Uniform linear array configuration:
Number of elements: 48
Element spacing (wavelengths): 0.5
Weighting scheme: hann
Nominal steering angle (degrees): -45
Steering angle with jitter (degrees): -44.235
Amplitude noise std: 0.05
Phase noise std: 0.05

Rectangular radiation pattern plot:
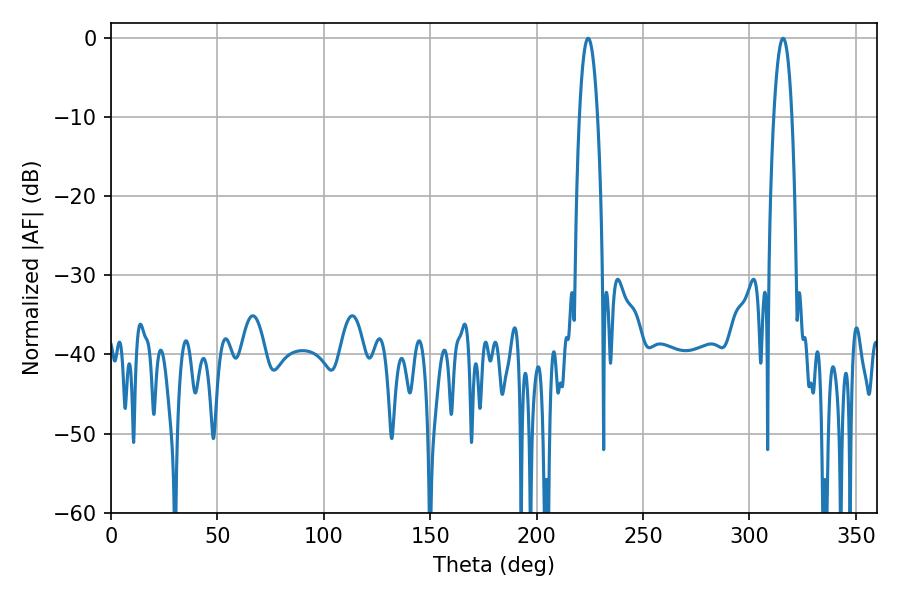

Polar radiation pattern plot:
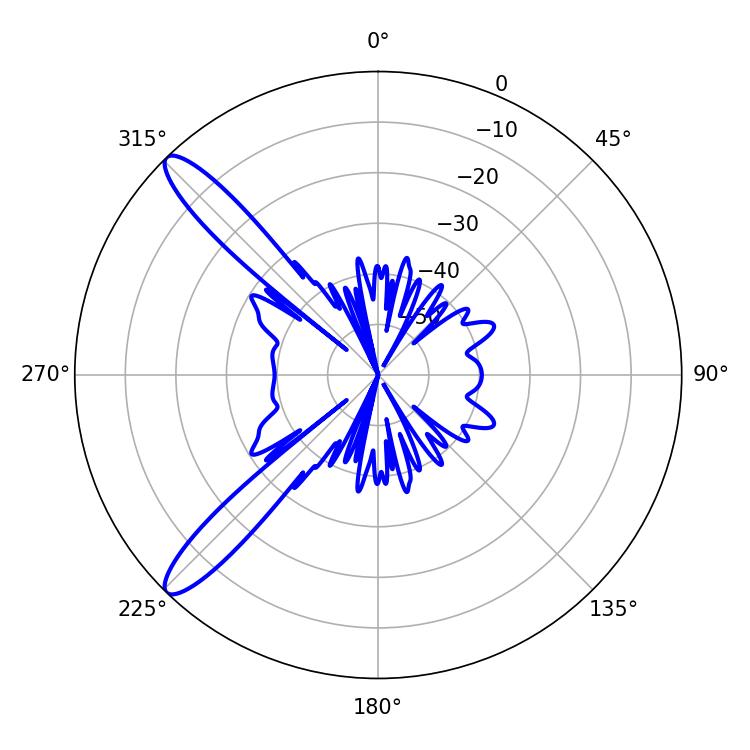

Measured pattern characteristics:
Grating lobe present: FALSE
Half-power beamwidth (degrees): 4.68
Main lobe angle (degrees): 315.72